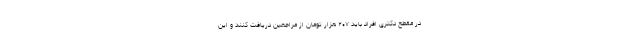
در مقطع دکتری افراد باید ۲۰۷ هزار تومان از مراجعین دریافت کنند و این